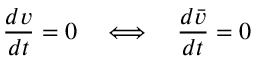
\frac { d v } { d t } = 0 \quad \Longleftrightarrow \quad \frac { d \bar { v } } { d t } = 0